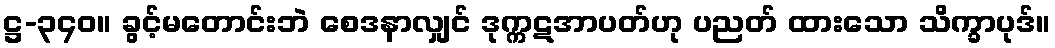
ဋ္ဌ-၃၄၀။ ခွင့်မတောင်းဘဲ စေဒနာလျှင် ဒုက္ကဋအာပတ်ဟု ပညတ် ထားသော သိက္ခာပုဒ်။